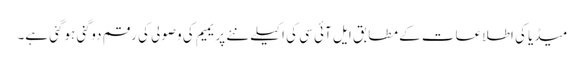
میڈیا کی اطلاعات کے مطابق ایل آئی سی کی اکیلے نئے پریمیم کی وصولی کی رقم دوگنی ہوگئی ہے۔